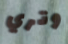
وتري